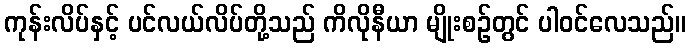
ကုန်းလိပ်နှင့် ပင်လယ်လိပ်တို့သည် ကိလိုနီယာ မျိုးစဉ်တွင် ပါဝင်လေသည်။